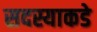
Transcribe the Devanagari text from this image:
सदस्याकडे